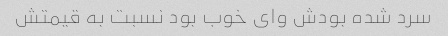
سرد شده بودش وای خوب بود نسبت به قیمتش